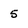
Character: 5